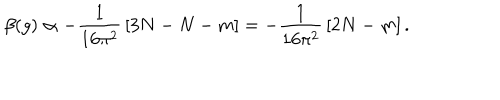
\beta ( g ) \propto - { \frac { 1 } { 1 6 \pi ^ { 2 } } } \left[ 3 N - N - m \right] = - { \frac { 1 } { 1 6 \pi ^ { 2 } } } \left[ 2 N - m \right] .